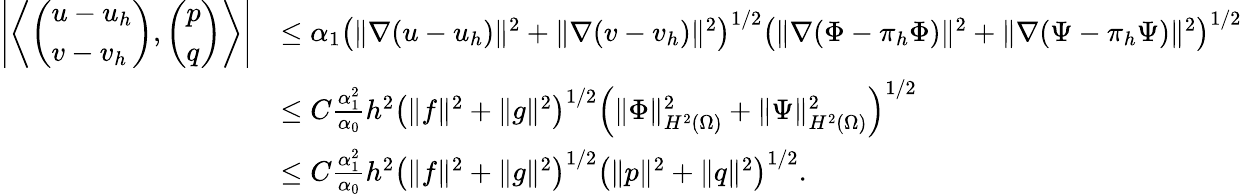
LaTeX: \begin{array}{rl}{\left\vert\left\langle\left(\begin{array}{l}{u-u_{h}}\\ {v-v_{h}}\end{array}\right),\left(\begin{array}{l}{p}\\ {q}\end{array}\right)\right\rangle\right\vert}&{\le\alpha_{1}\left(\| \nabla(u-u_{h})\| ^{2}+\| \nabla(v-v_{h})\| ^{2}\right)^{1/2}\left(\| \nabla(\Phi-\pi_{h}\Phi)\| ^{2}+\| \nabla(\Psi-\pi_{h}\Psi)\| ^{2}\right)^{1/2}}\\ &{\le C\frac{\alpha_{1}^{2}}{\alpha_{0}}h^{2}\left(\| f\| ^{2}+\| g\| ^{2}\right)^{1/2}\left(\| \Phi\| _{H^{2}(\Omega)}^{2}+\| \Psi\| _{H^{2}(\Omega)}^{2}\right)^{1/2}}\\ &{\le C\frac{\alpha_{1}^{2}}{\alpha_{0}}h^{2}\left(\| f\| ^{2}+\| g\| ^{2}\right)^{1/2}\left(\| p\| ^{2}+\| q\| ^{2}\right)^{1/2}.}\end{array}